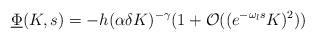
LaTeX: \begin{align*} \underline\Phi(K, s)=-h(\alpha\delta K)^{-\gamma}(1+\mathcal O((e^{-\omega_{l} s}K)^{2})) \end{align*}